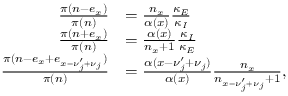
\begin{array} { r l } { \frac { \pi ( n - e _ { x } ) } { \pi ( n ) } } & { = \frac { n _ { x } } { \alpha ( x ) } \frac { \kappa _ { E } } { \kappa _ { I } } } \\ { \frac { \pi ( n + e _ { x } ) } { \pi ( n ) } } & { = \frac { \alpha ( x ) } { n _ { x } + 1 } \frac { \kappa _ { I } } { \kappa _ { E } } } \\ { \frac { \pi ( n - e _ { x } + e _ { x - \nu _ { j } ^ { \prime } + \nu _ { j } } ) } { \pi ( n ) } } & { = \frac { \alpha ( x - \nu _ { j } ^ { \prime } + \nu _ { j } ) } { \alpha ( x ) } \frac { n _ { x } } { n _ { x - \nu _ { j } ^ { \prime } + \nu _ { j } } + 1 } , } \end{array}